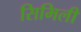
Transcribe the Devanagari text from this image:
सिमिली